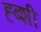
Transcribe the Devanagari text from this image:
ह्ब्शी